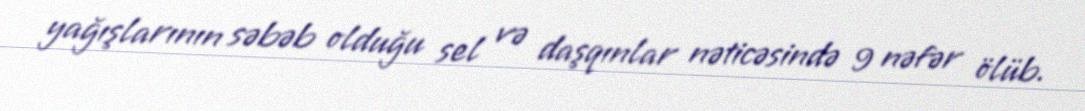
yağışlarının səbəb olduğu sel və daşqınlar nəticəsində 9 nəfər ölüb.